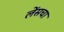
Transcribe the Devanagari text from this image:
लेंसचा